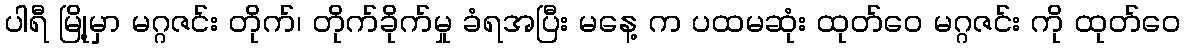
ပါရီ မြို့မှာ မဂ္ဂဇင်း တိုက်၊ တိုက်ခိုက်မှု ခံရအပြီး မနေ့ က ပထမဆုံး ထုတ်ဝေ မဂ္ဂဇင်း ကို ထုတ်ဝေ